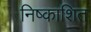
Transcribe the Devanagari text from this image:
निष्काशित